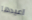
اعيدها